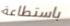
باستطاعة